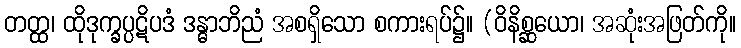
တတ္ထ၊ ထိုဒုက္ခပ္ပဋိပဒံ ဒန္ဓာဘိညံ အစရှိသော စကားရပ်၌။ (ဝိနိစ္ဆယော၊ အဆုံးအဖြတ်ကို။